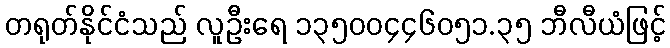
တရုတ်နိုင်ငံသည် လူဦးရေ ၁၃၅၀၀၄၄၆၀၅၁.၃၅ ဘီလီယံဖြင့်